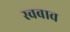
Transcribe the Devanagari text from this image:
स्वबाव